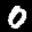
Label: 0